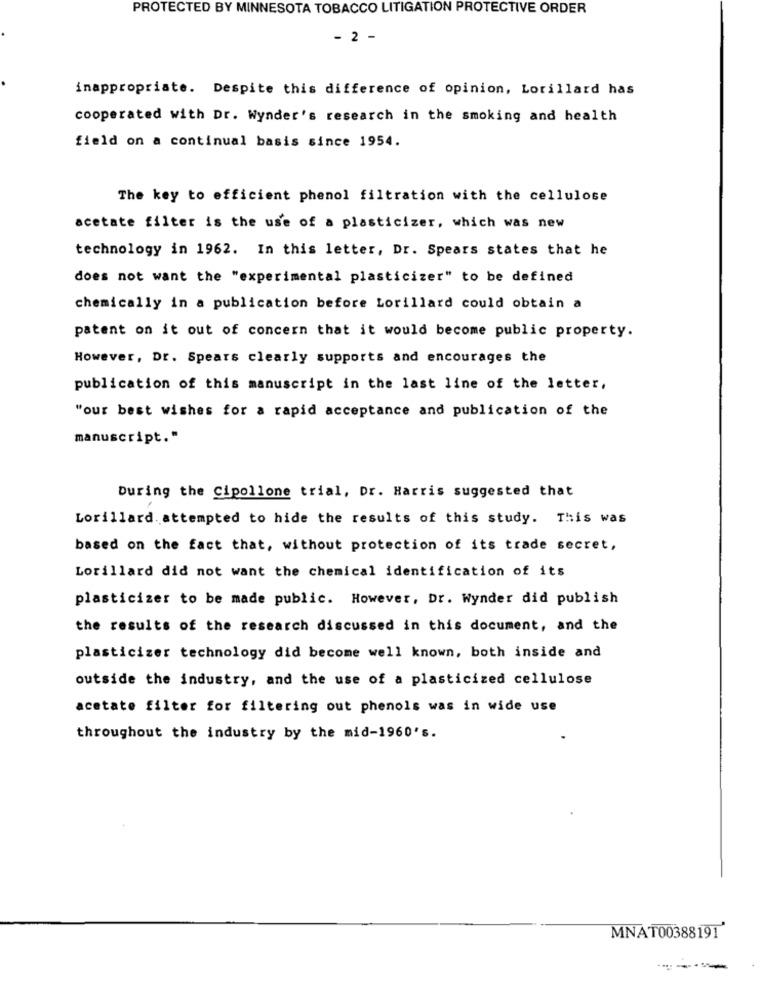
PROTECTED BY MINNESOTA TOBACCO LITIGATION PROTECTIVE ORDER
- 2 -
inappropriate. Despite this difference of opinion, Lorillard has
cooperated with Dr. Wynder's research in the smoking and health
field on a continual basis since 1954.
The key to efficient phenol filtration with the cellulose
acetate filter is the use of a plasticizer, which was new
technology in 1962. In this letter, Dr. Spears states that he
does not want the "experimental plasticizer" to be defined
chemically in a publication before Lorillard could obtain a
patent on it out of concern that it would become public property.
However, Dr. Spears clearly supports and encourages the
publication of this manuscript in the last line of the letter,
"our best wishes for a rapid acceptance and publication of the
manuscript."
During the Cipollone trial, Dr. Harris suggested that
Lorillard. attempted to hide the results of this study. This was
based on the fact that, without protection of its trade secret,
Lorillard did not want the chemical identification of its
plasticizer to be made public. However, Dr. Wynder did publish
the results of the research discussed in this document, and the
plasticizer technology did become well known, both inside and
outside the industry, and the use of a plasticized cellulose
acetate filter for filtering out phenols was in wide use
throughout the industry by the mid-1960's.
MNAT00388191'
------